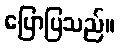
ပြောပြသည်။